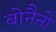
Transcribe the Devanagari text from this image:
बोनैनो